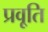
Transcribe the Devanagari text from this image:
प्रवृ्ति